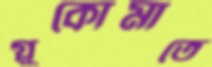
গ্লুকোমাতে